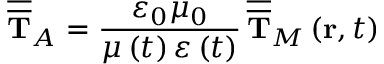
\overline { { \overline { { \mathbf { T } } } } } _ { A } = \frac { \varepsilon _ { 0 } \mu _ { 0 } } { \mu \left( t \right) \varepsilon \left( t \right) } \, \overline { { \overline { { \mathbf { T } } } } } _ { M } \left( \mathbf { r } , t \right)